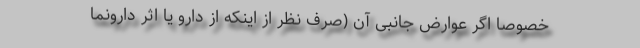
خصوصاً اگر عوارض جانبی آن (صرف نظر از اینکه از دارو یا اثر دارونما